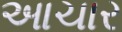
આચાર